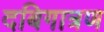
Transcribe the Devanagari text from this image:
दबिगात्रण